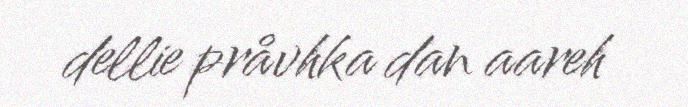
dellie pråvhka dan aareh